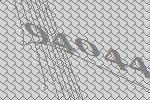
94044